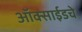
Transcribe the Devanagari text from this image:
ऑक्साईडचे